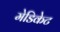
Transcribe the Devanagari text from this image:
मेडिकेट